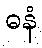
ဓနံ